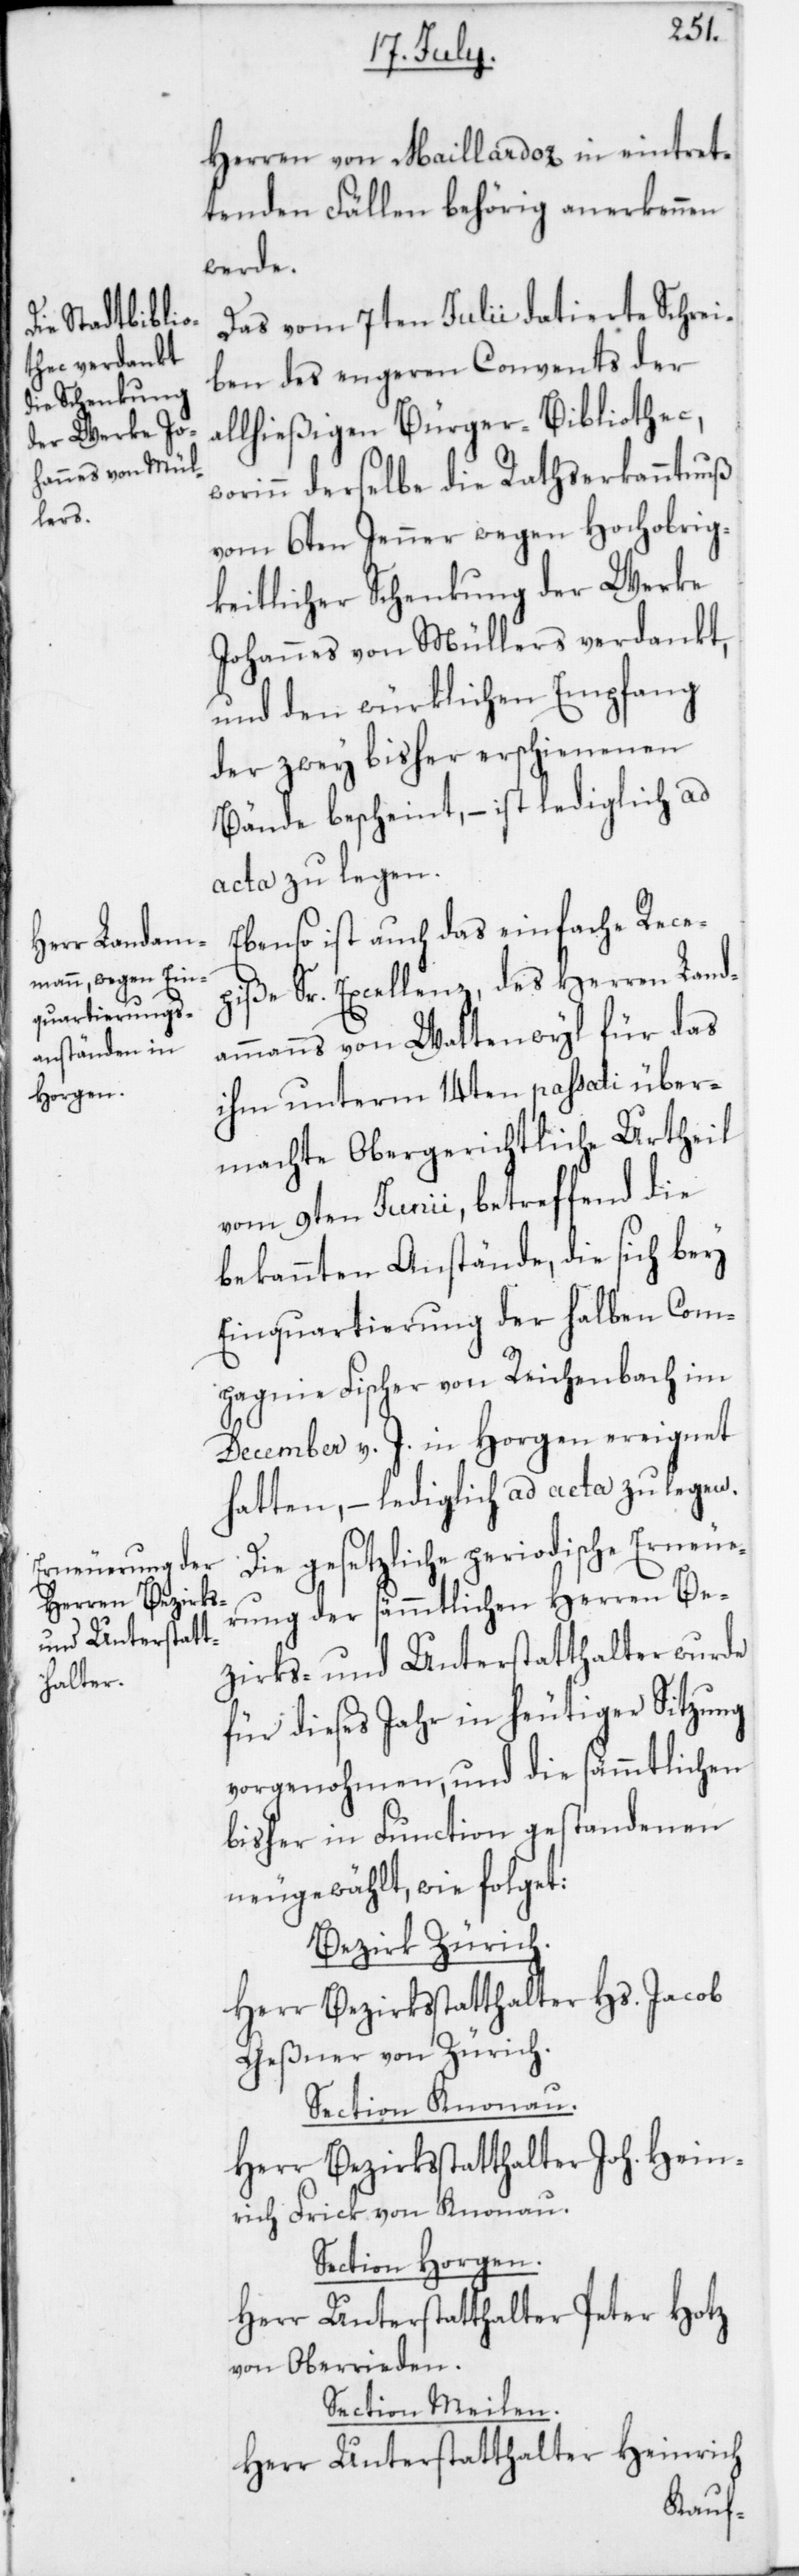
Herren von Maillardoz in eintret¬
tenden Fällen behörig anerkennen
werde.
Das vom 7ten Julii datierte Schrei¬
ben des engeren Convents der a¬
llhießigen Bürger-Bibliothec,
worinn derselbe die Rathserkanntnuß
vom 6ten Jenner wegen Hochobrig¬
keitlicher Schenkung der Werke
Johannes von Müllers verdankt,
und den würklichen Empfang
der zwey bisher erschienenen
Bände bescheint, – ist lediglich ad
acta zu legen.
Ebenso ist auch das einfache Rece¬
piße Sr. Excellenz des Herren Land¬
ammanns von Wattenwyl für das
ihm unterm 14ten passati über¬
machte Obergerichtliche Urtheil
vom 9ten Junii, betreffend die
bekannten Anstände, die sich bey
Einquartierung der halben Com¬
pagnie Fischer von Reichenbach im
December v. J. in Horgen ereignet
hatten, – lediglich ad acta zu legen.
Die gesetzliche periodische Erneue¬
rung der sämmtlichen Herren Be¬
zirks- und Unterstatthalter wurde
für dieses Jahr in heutiger Sitzung
vorgenohmen, und die sämmtlichen
bisher in Function gestandenen
neugewählt, wie folget:
Bezirk Zürich.
Herr Bezirksstatthalter Hs. Jacob
Geßner von Zürich.
Section Knonau.
Herr Bezirksstatthalter Joh. Hein¬
rich Frick von Knonau.
Section Horgen.
Herr Unterstatthalter Peter Hotz
von Oberrieden.
Section Meilen.
Heinrich
Herr Unterstatthalter